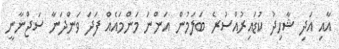
އާއި އަދި ޝާހިދު ކުޑައިރުއްސުރެ ބަލަމުން އަންނަ މަންމައެއް ފަދަ ވަންދަނާ ސަޖްނާނީ